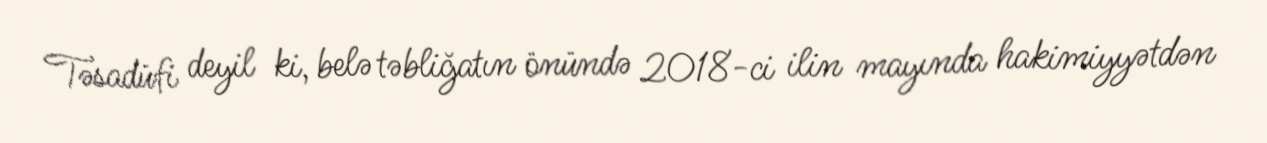
Təsadüfi deyil ki, belə təbliğatın önündə 2018-ci ilin mayında hakimiyyətdən